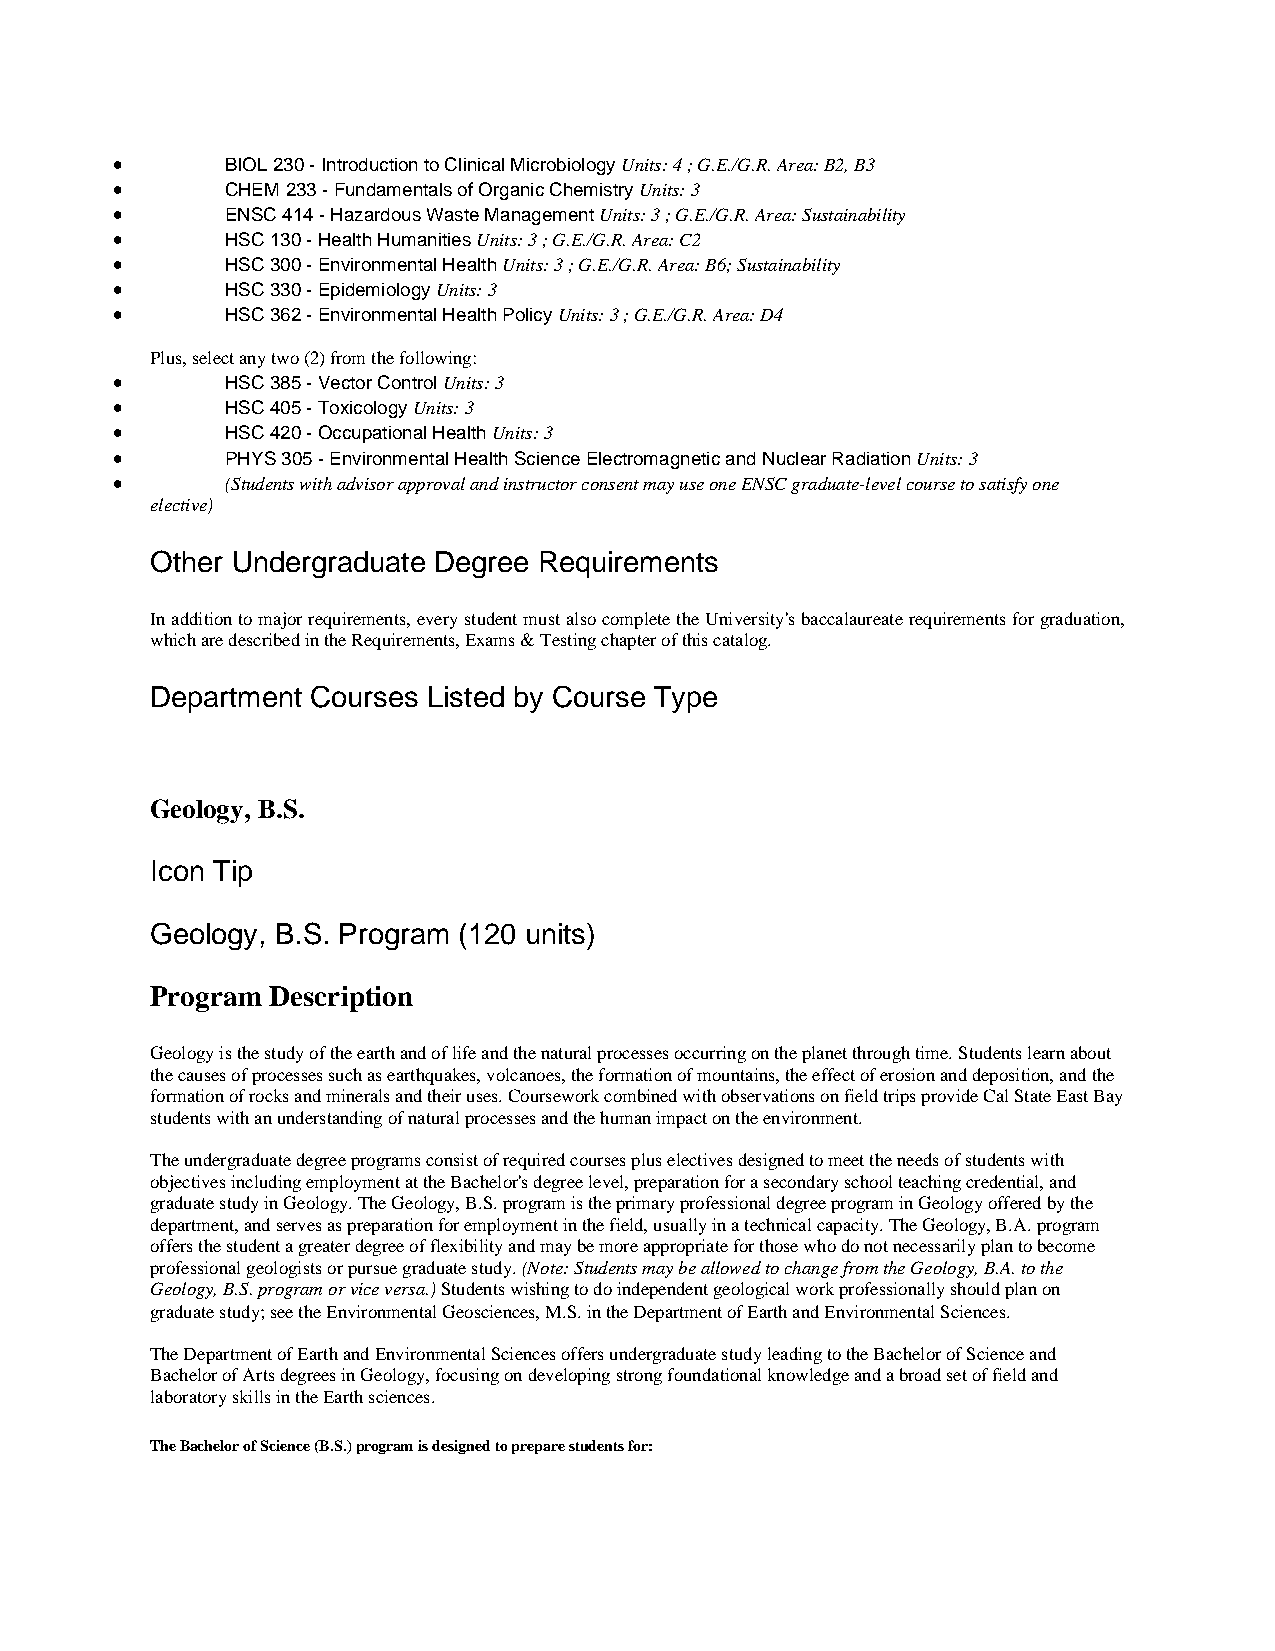
•       BIOL 230 - Introduction to Clinical Microbiology Units: 4 ; G.E./G.R. Area: B2, B3
 •       CHEM 233 - Fundamentals of Organic Chemistry Units: 3
 •       ENSC 414 - Hazardous Waste Management Units: 3 ; G.E./G.R. Area: Sustainability
 •       HSC 130 - Health Humanities Units: 3 ; G.E./G.R. Area: C2
 •       HSC 300 - Environmental Health Units: 3 ; G.E./G.R. Area: B6; Sustainability
 •       HSC 330 - Epidemiology Units: 3
 •       HSC 362 - Environmental Health Policy Units: 3 ; G.E./G.R. Area: D4
 Plus, select any two (2) from the following:
 •       HSC 385 - Vector Control Units: 3
 •       HSC 405 - Toxicology Units: 3
 •       HSC 420 - Occupational Health Units: 3
 •       PHYS 305 - Environmental Health Science Electromagnetic and Nuclear Radiation Units: 3
 •       (Students with advisor approval and instructor consent may use one ENSC graduate-level course to satisfy one
 elective)
 Other Undergraduate Degree Requirements
 In addition to major requirements, every student must also complete the University's baccalaureate requirements for graduation,
 which are described in the Requirements, Exams & Testing chapter of this catalog.
 Department Courses Listed by Course Type
 Geology, B.S.
 Icon Tip
 Geology, B.S. Program (120 units)
 Program Description
 Geology is the study of the earth and of life and the natural processes occurring on the planet through time. Students learn about
 the causes of processes such as earthquakes, volcanoes, the formation of mountains, the effect of erosion and deposition, and the
 formation of rocks and minerals and their uses. Coursework combined with observations on field trips provide Cal State East Bay
 students with an understanding of natural processes and the human impact on the environment.
 The undergraduate degree programs consist of required courses plus electives designed to meet the needs of students with
 objectives including employment at the Bachelor's degree level, preparation for a secondary school teaching credential, and
 graduate study in Geology. The Geology, B.S. program is the primary professional degree program in Geology offered by the
 department, and serves as preparation for employment in the field, usually in a technical capacity. The Geology, B.A. program
 offers the student a greater degree of flexibility and may be more appropriate for those who do not necessarily plan to become
 professional geologists or pursue graduate study. (Note: Students may be allowed to change from the Geology, B.A. to the
 Geology, B.S. program or vice versa.) Students wishing to do independent geological work professionally should plan on
 graduate study; see the Environmental Geosciences, M.S. in the Department of Earth and Environmental Sciences.
 The Department of Earth and Environmental Sciences offers undergraduate study leading to the Bachelor of Science and
 Bachelor of Arts degrees in Geology, focusing on developing strong foundational knowledge and a broad set of field and
 laboratory skills in the Earth sciences.
 The Bachelor of Science (B.S.) program is designed to prepare students for: